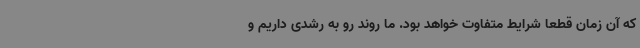
که آن زمان قطعا شرایط متفاوت خواهد بود. ما روند رو به رشدی داریم و